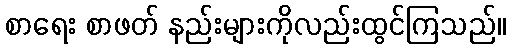
စာရေး စာဖတ် နည်းများကိုလည်းထွင်ကြသည်။